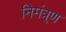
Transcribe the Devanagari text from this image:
निमंत्र्ण